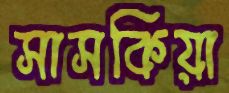
সাসকিয়া